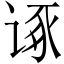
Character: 诼